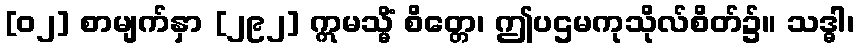
[၀၂] စာမျက်နှာ [၂၉၂] ဣမသ္မိံ စိတ္တေ၊ ဤပဌမကုသိုလ်စိတ်၌။ သဒ္ဓါ၊